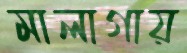
মালাগায়